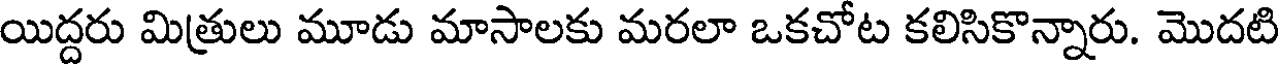
యిద్దరు మిత్రులు మూడు మాసాలకు మరలా ఒకచోట కలిసికొన్నారు. మొదటి